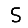
Digit: 5